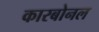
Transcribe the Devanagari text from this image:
कारबोनल